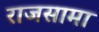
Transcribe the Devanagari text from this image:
राजसामा